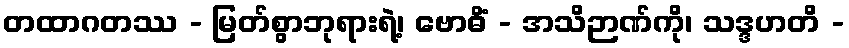
တထာဂတဿ - မြတ်စွာဘုရားရဲ့၊ ဗောဓိံ - အသိဉာဏ်ကို၊ သဒ္ဒဟတိ -